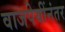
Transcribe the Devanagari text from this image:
वाजपेयींनंतर